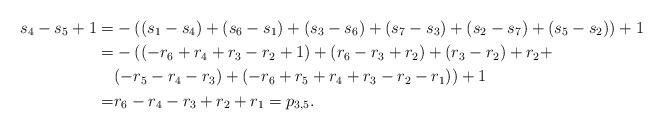
LaTeX: \begin{align*}s_{4}-s_{5}+1=& -((s_{1}-s_{4})+(s_{6}-s_{1})+(s_{3}-s_{6})+ (s_{7}-s_{3})+ (s_{2}-s_{7})+(s_{5}-s_{2}))+1\\=& -((-r_{6} +r_{4}+r_{3}-r_{2}+1)+(r_{6}-r_{3}+r_{2})+(r_{3}-r_{2})+r_{2}+\\&(-r_{5}-r_{4}-r_{3})+ (-r_{6} +r_{5} +r_{4} +r_{3}-r_{2}-r_{1}))+1\\=&r_{6}-r_{4}-r_{3}+r_{2}+r_{1}=p_{3,5}.\end{align*}